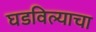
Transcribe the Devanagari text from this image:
घडविल्याचा